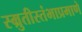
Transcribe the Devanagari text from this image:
स्म्रुतीस्तंभाप्रमाणे